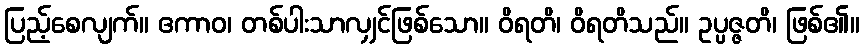
ပြည့်စေလျက်။ ဧကာဝ၊ တစ်ပါးသာလျှင်ဖြစ်သော။ ဝိရတိ၊ ဝိရတိသည်။ ဥပ္ပဇ္ဇတိ၊ ဖြစ်၏။